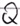
Text: Q